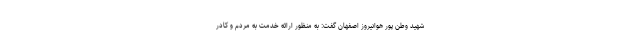
شهید وطن پور هوانیروز اصفهان گفت: به منظور ارائه خدمت به مردم و کادر